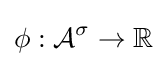
\phi :{\mathcal {A}}^{\sigma }\to \mathbb {R}